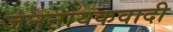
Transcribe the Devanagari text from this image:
जननायकवादी